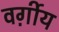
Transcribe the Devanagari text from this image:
वर्ग़ीय